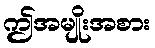
ဤအမျိုးအစား